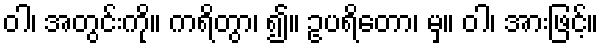
ဝါ၊ အတွင်းကို။ ကရိတွာ၊ ၍။ ဥပရိတော၊ မှ။ ဝါ၊ အားဖြင့်။